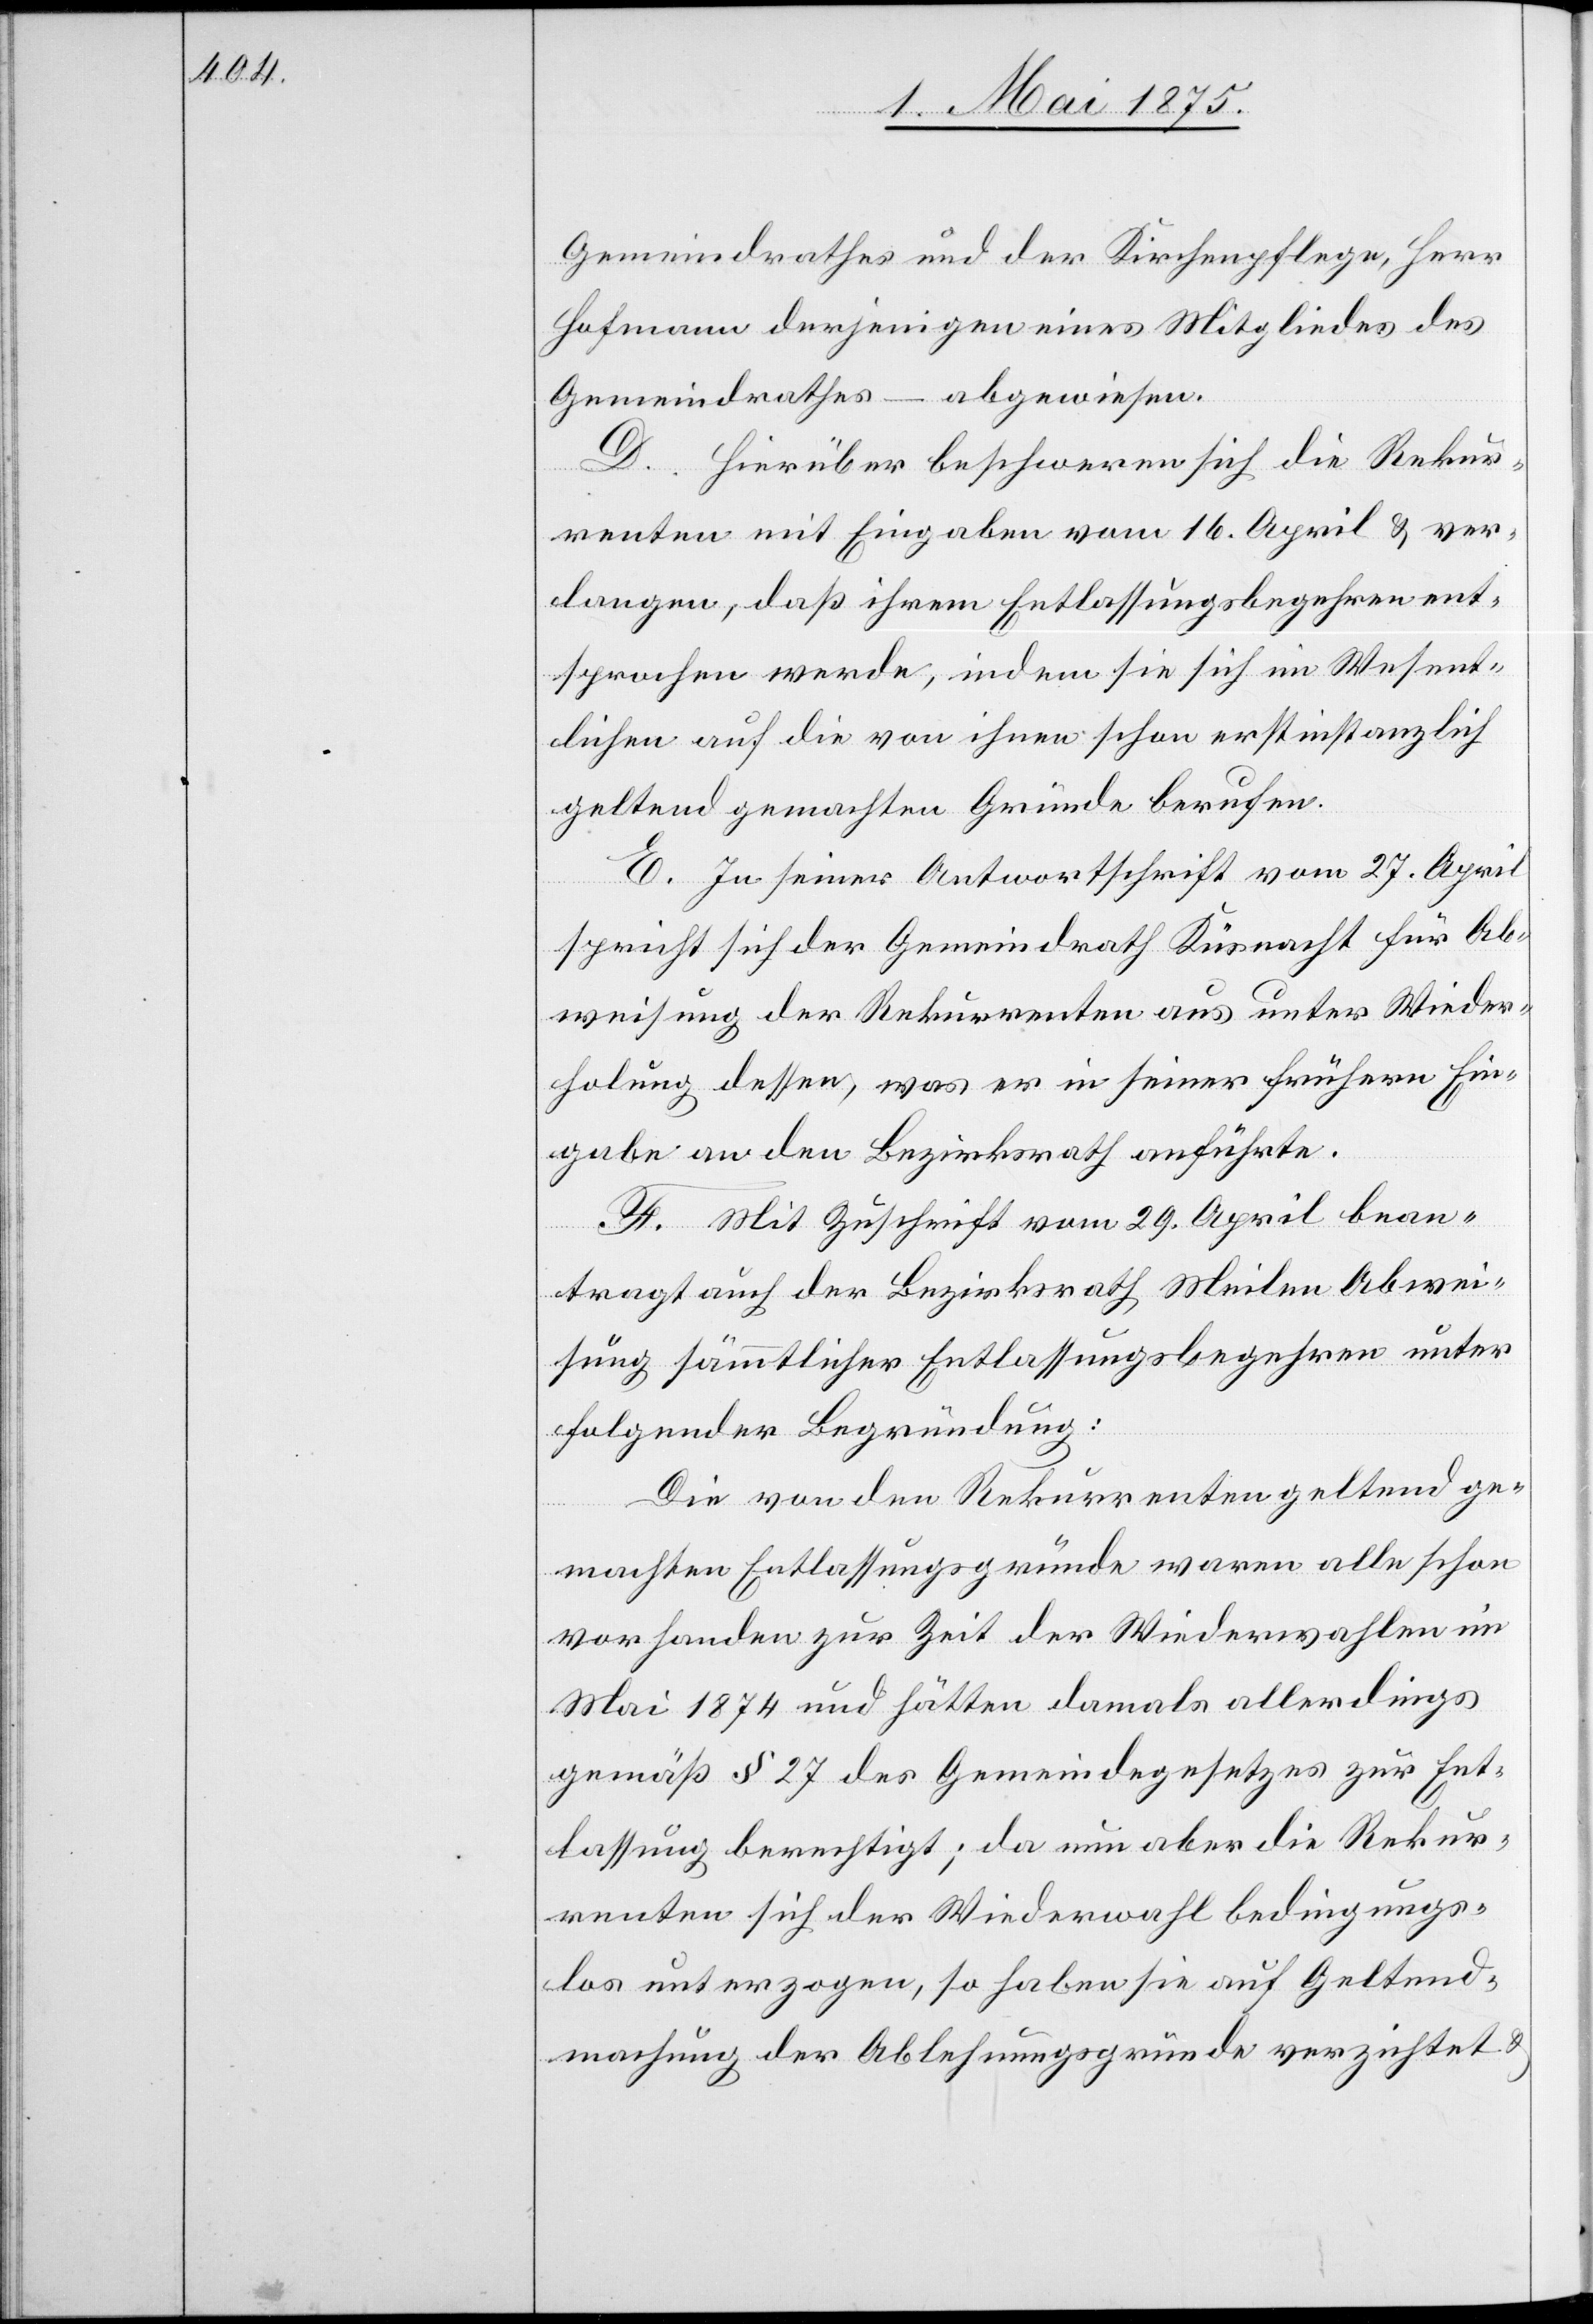
Gemeindrathes und der Kirchenpflege, Herr
Hofmann derjenigen eines Mitgliedes des
Gemeindrathes – abgewiesen.
D. Hierüber beschweren sich die Rekur¬
renten mit Eingaben vom 16. April & ver¬
langen, daß ihrem Entlassungsbegehren ent¬
sprochen werde, indem sie sich im Wesent¬
lichen auf die von ihnen schon erstinstanzlich
geltend gemachten Gründe berufen.
E. In seiner Antwortschrift vom 27. April
spricht sich der Gemeindrath Küsnacht für Ab¬
weisung der Rekurrenten aus unter Wieder¬
holung dessen, was er in seiner frühern Ein¬
gabe an den Bezirksrath anführte.
F. Mit Zuschrift vom 29. April bean¬
tragt auch der Bezirksrath Meilen Abwei¬
sung sämmtlicher Entlassungsbegehren unter
folgender Begründung:
Die von den Rekurrenten geltend ge¬
machten Entlassungsgründe waren alle schon
vorhanden zur Zeit der Wiederwahlen im
Mai 1874 und hätten damals allerdings
gemäß § 27 des Gemeindegesetzes zur Ent¬
lassung berechtigt; da nun aber die Rekur¬
renten sich der Wiederwahl bedingungs¬
los unterzogen, so haben sie auf Geltend¬
machung der Ablehnungsgründe verzichtet &